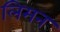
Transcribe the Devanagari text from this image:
लिमन